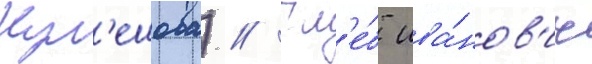
Кул'ешова) // Гл'е́б ива́нов'ич